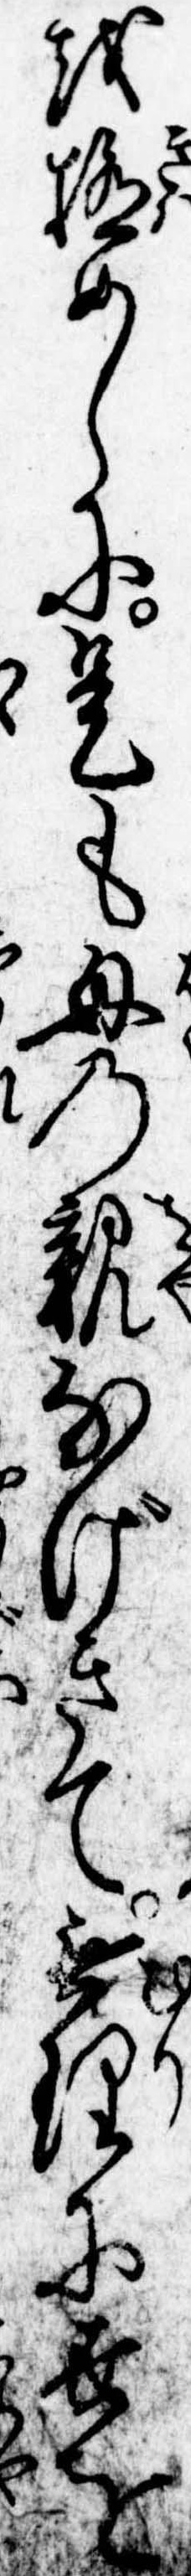
を極めしに是も母の親なげきて無理に世を